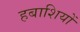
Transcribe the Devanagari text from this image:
हबाशियों